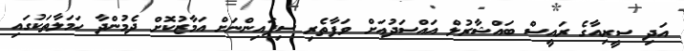
އަދި ސީރިއާގެ ރައީސް ބައްޝާރުލް އައްސަދުއަށް ވަފާތެރި ސިފައިންނަށް އަމާޒުކޮށް ދެމުންދާ ހަމަލާތަކުގައި